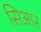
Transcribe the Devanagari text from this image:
सिआर